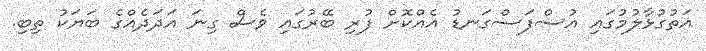
އަތުގުޅާލުމުގައި އުސްފަސްގަނޑު އެއްކޮށް ފުރި ބޭރުގައި ވެސް ގިނަ އަދަދެއްގެ ބަޔަކު ތިބި.